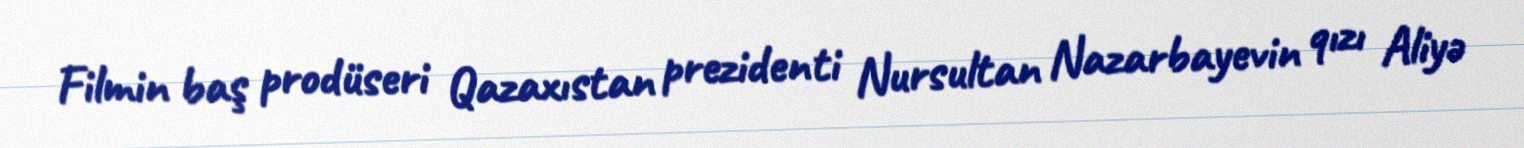
Filmin baş prodüseri Qazaxıstan prezidenti Nursultan Nazarbayevin qızı Aliyə